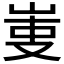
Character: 𠭏